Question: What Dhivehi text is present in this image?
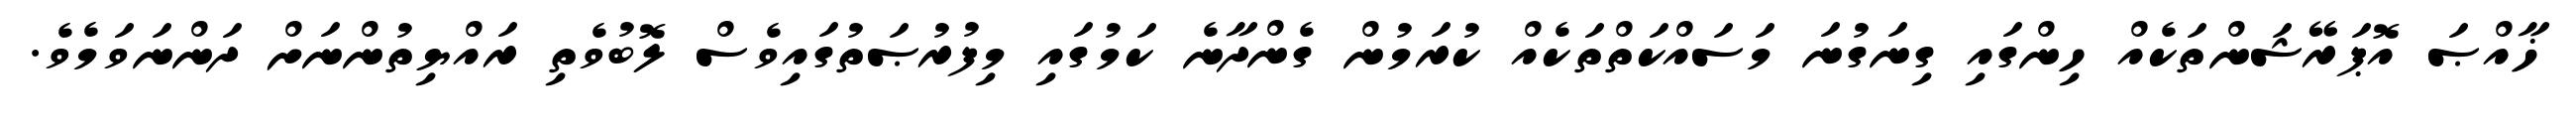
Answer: ޚާއްޞަ އޮޕަރޭޝަންތަކެއް ހިންގައި ގިނަގުނަ މަސައްކަތްތަކެއް ކުރަމުން ގެންދާނެ ކަމުގައި މިފުރުޞަތުގައިވެސް ލޮބުވެތި ރައްޔިތުންނަށް ދަންނަވަމެވެ.